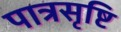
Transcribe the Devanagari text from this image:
पात्रसृष्टि